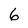
Character: 6